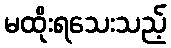
မထိုးရသေးသည့်